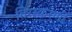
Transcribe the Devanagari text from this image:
तिरस्करणी